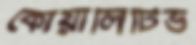
কোয়ালিটিভ